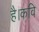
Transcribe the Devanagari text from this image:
है।कवि